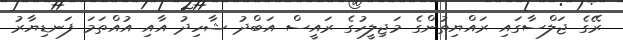
ރޭގެ ޖަލްސާގައި ރައްޔިތުންގެ މަޖިލީހުގެ ރައީސް އަބްދު ޝާހިދު އާއި އުއްތަމަ ފަނޑިޔާރު